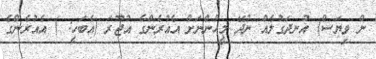
ން ވިޔަސް) އުނދަގުލެއް ނުދޭ މީހުންނަށް އެއުރެންގެ އުޖޫރަ (އެބަހީ: ) އެއުރެންގެ